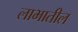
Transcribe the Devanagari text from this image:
लाभातील